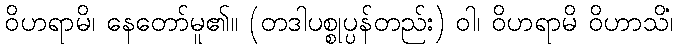
ဝိဟရာမိ၊ နေတော်မူ၏။ (တဒါပစ္စုပ္ပန်တည်း) ဝါ၊ ဝိဟရာမိ ဝိဟာသိံ၊